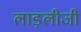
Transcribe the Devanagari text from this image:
लाड़लीजी